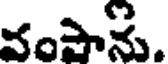
వంపాను.